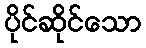
ပိုင်ဆိုင်သော